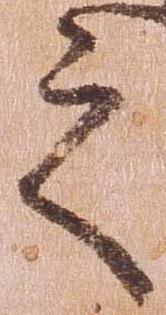
之